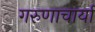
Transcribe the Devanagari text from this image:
गरुणाचार्या